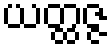
ယတ္ထဇ္ဇ